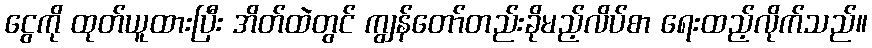
ငွေကို ထုတ်ယူထားပြီး အိတ်ထဲတွင် ကျွန်တော်တည်းခိုမည့်လိပ်စာ ရေးထည့်လိုက်သည်။